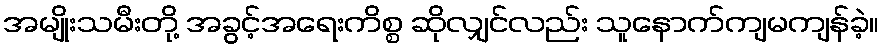
အမျိုးသမီးတို့ အခွင့်အရေးကိစ္စ ဆိုလျှင်လည်း သူနောက်ကျမကျန်ခဲ့။